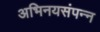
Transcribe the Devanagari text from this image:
अभिनयसंपन्‍न